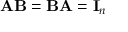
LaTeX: \mathbf { A B } = \mathbf { B A } = \mathbf { I } _ { n }